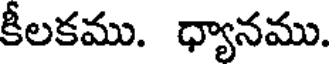
కీలకము. ధ్యానము.